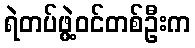
ရဲတပ်ဖွဲ့ဝင်တစ်ဦးက